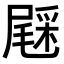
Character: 𨤔